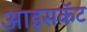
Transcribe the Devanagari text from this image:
आइसकॅट